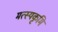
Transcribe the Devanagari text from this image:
मत्स्यकृमि